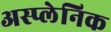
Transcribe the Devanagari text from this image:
अस्प्लेनिक